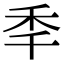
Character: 秊